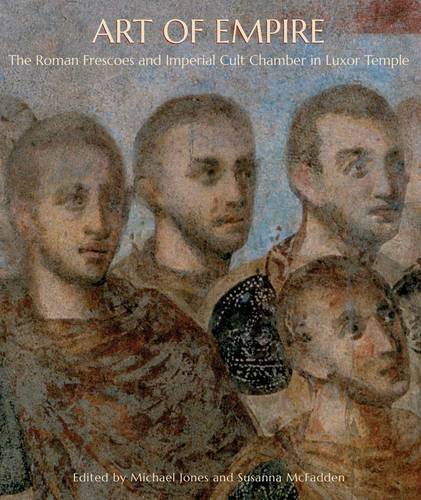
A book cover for Art of Empire: The Roman Frescoes and Imperial Cult Chamber in Luxor Temple; Michael Jones; History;